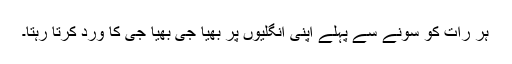
ہر رات کو سونے سے پہلے اپنی انگلیوں پر بھیا جی بھیا جی کا ورد کرتا رہتا۔